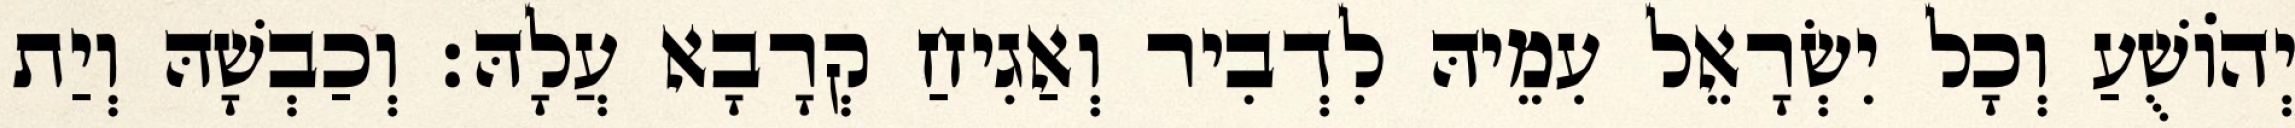
יְהוֹשֻׁעַ וְכָל יִשְׂרָאֵל עִמֵיהּ לִדְבִיר וְאַגִיחַ קְרָבָא עֲלָהּ׃ וְכַבְשָׁהּ וְיַת